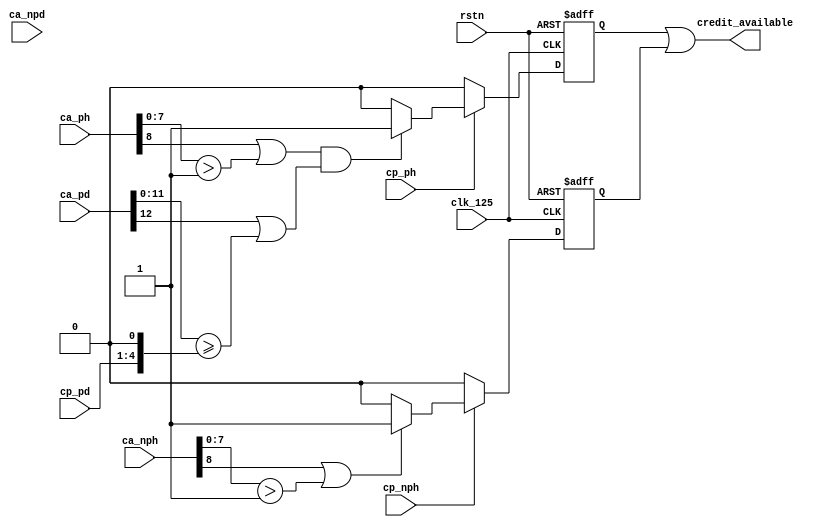
// $Id: sfif_ca.v,v 1.1.1.1 2008/07/01 17:34:22 jfreed Exp $

module sfif_ca(clk_125, rstn, 
               cp_ph, cp_pd, cp_nph, 
               ca_ph, ca_pd, ca_nph, ca_npd,
               credit_available               
);                 
                 
input clk_125;
input rstn;
input cp_ph, cp_nph;
input [3:0]  cp_pd; 
input [8:0]  ca_ph, ca_nph;
input [12:0] ca_pd, ca_npd;

output credit_available;

reg credit_available_p, credit_available_np;

assign credit_available = credit_available_p || credit_available_np;

always @(posedge clk_125 or negedge rstn)
begin
  if (~rstn)
  begin
    credit_available_p <= 1'b0;  
    credit_available_np <= 1'b0;  
  end
  else
  begin
    if (cp_ph)
    begin
      if ( (ca_ph[8] || (ca_ph[7:0] > 8'd1)) && (ca_pd[12] || (ca_pd[11:0] >= {cp_pd[3:0],1'b0})) )
        credit_available_p <= 1'b1;
      else
        credit_available_p <= 1'b0;
    end
    else
      credit_available_p <= 1'b0;
    
    if (cp_nph)
    begin
      if (ca_nph[8] || (ca_nph[7:0] > 8'd1)) 
        credit_available_np <= 1'b1;
      else
        credit_available_np <= 1'b0;
    end
    else
      credit_available_np <= 1'b0;
  
  end

end

endmodule